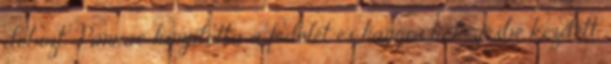
dobozt. Panrac kinyitotta a fedelét és hangos röhögésbe kezdett.